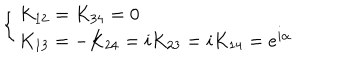
\left\{ \begin{array} { l l } { { K _ { 1 2 } = K _ { 3 4 } = 0 } } \\ { { K _ { 1 3 } = - K _ { 2 4 } = i K _ { 2 3 } = i K _ { 1 4 } = e ^ { i \alpha } } } \\ \end{array} \right.